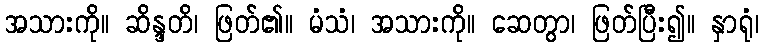
အသားကို။ ဆိန္ဒတိ၊ ဖြတ်၏။ မံသံ၊ အသားကို။ ဆေတွာ၊ ဖြတ်ပြီး၍။ နှာရုံ၊